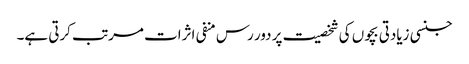
جنسی زیادتی بچوں کی شخصیت پر دور رس منفی اثرات مرتب کرتی ہے۔